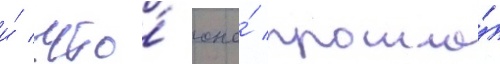
и́ что́ она́ прошла́